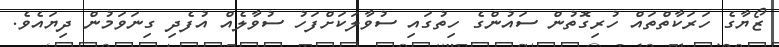
ޒޯޔާގެ ހަރަކާތްތައް ހުރިގޮތުން ސައުންގެ ހިތުގައި ސުވާލަކަށްފަހު ސުވާލެއް އުފެދި ގިނަވަމުން ދިޔައެވެ.